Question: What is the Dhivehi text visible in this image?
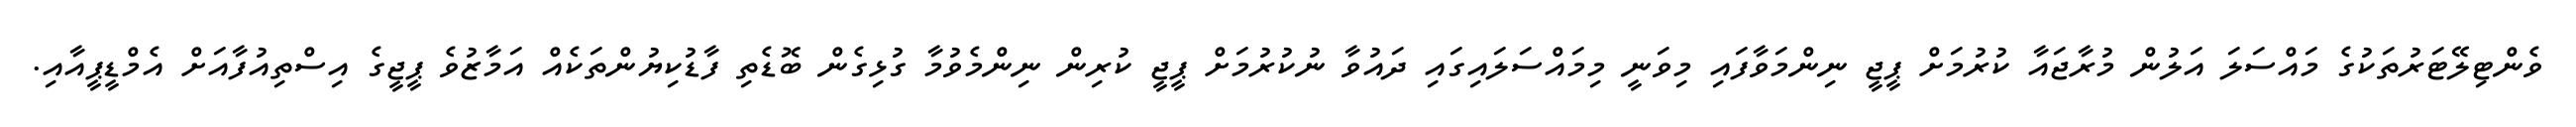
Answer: ވެންޓިލޭޓަރުތަކުގެ މައްސަލަ އަލުން މުރާޖައާ ކުރުމަށް ޕީޖީ ނިންމަވާފައި މިވަނީ މިމައްސަލައިގައި ދައުވާ ނުކުރުމަށް ޕީޖީ ކުރިން ނިންމެވުމާ ގުޅިގެން ބޮޑެތި ފާޑުކިޔުންތަކެއް އަމާޒުވެ ޕީޖީގެ އިސްތިއުފާއަށް އެމްޑީޕީއާއި.